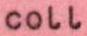
COLL